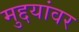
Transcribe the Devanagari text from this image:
मुद्दयांवर